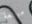
مولعة